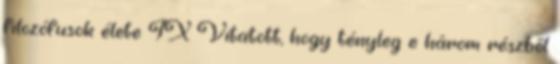
filozófusok élete IX Vitatott, hogy tényleg e három részből